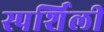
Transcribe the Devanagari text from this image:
स्पर्शिली